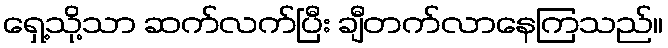
ရှေ့သို့သာ ဆက်လက်ပြီး ချီတက်လာနေကြသည်။